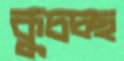
কুচচ্ছ